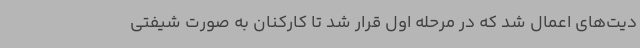
دیت‌های اعمال شد که در مرحله اول قرار شد تا کارکنان به صورت شیفتی